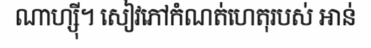
ណាហ្ស៊ី។ សៀវភៅកំណត់ហេតុរបស់ អាន់